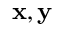
\mathbf x , \mathbf y